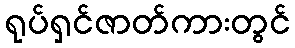
ရုပ်ရှင်ဇာတ်ကားတွင်